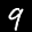
Label: 9